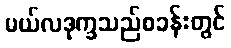
မယ်လဒုက္ခသည်စခန်းတွင်